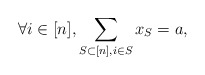
\begin{align*} \forall i\in[n], \sum_{S\subset [n], i\in S} x_S = a,\end{align*}